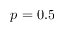
p = 0 . 5